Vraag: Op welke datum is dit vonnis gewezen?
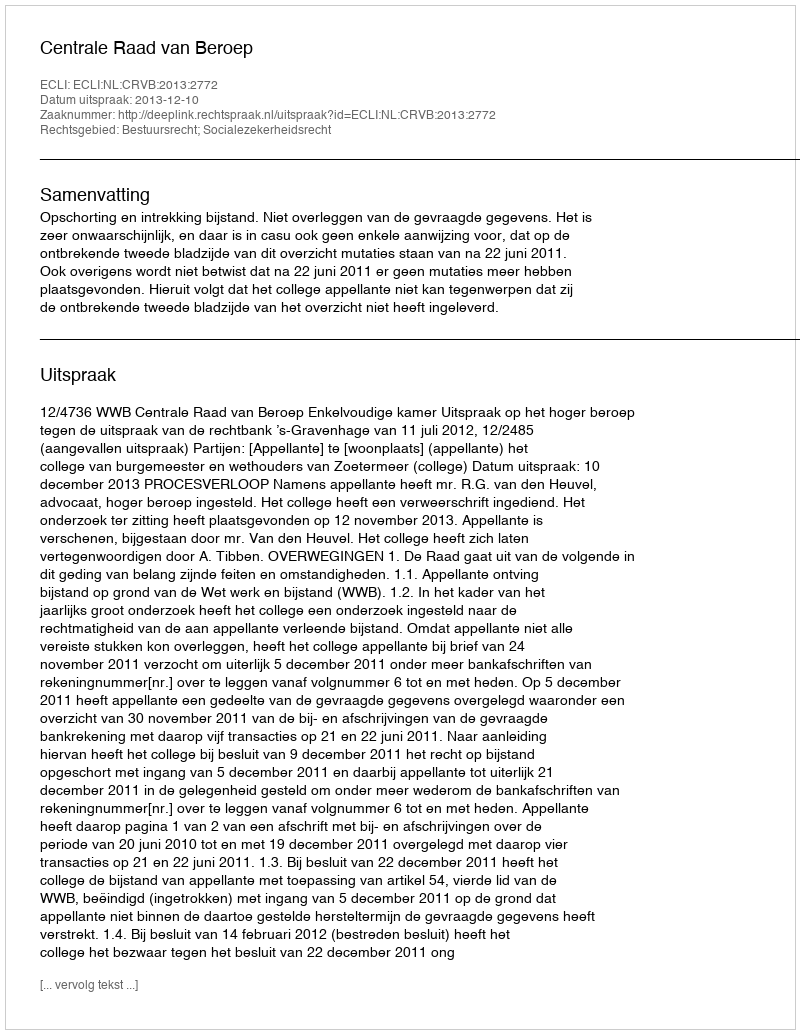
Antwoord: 2013-12-10